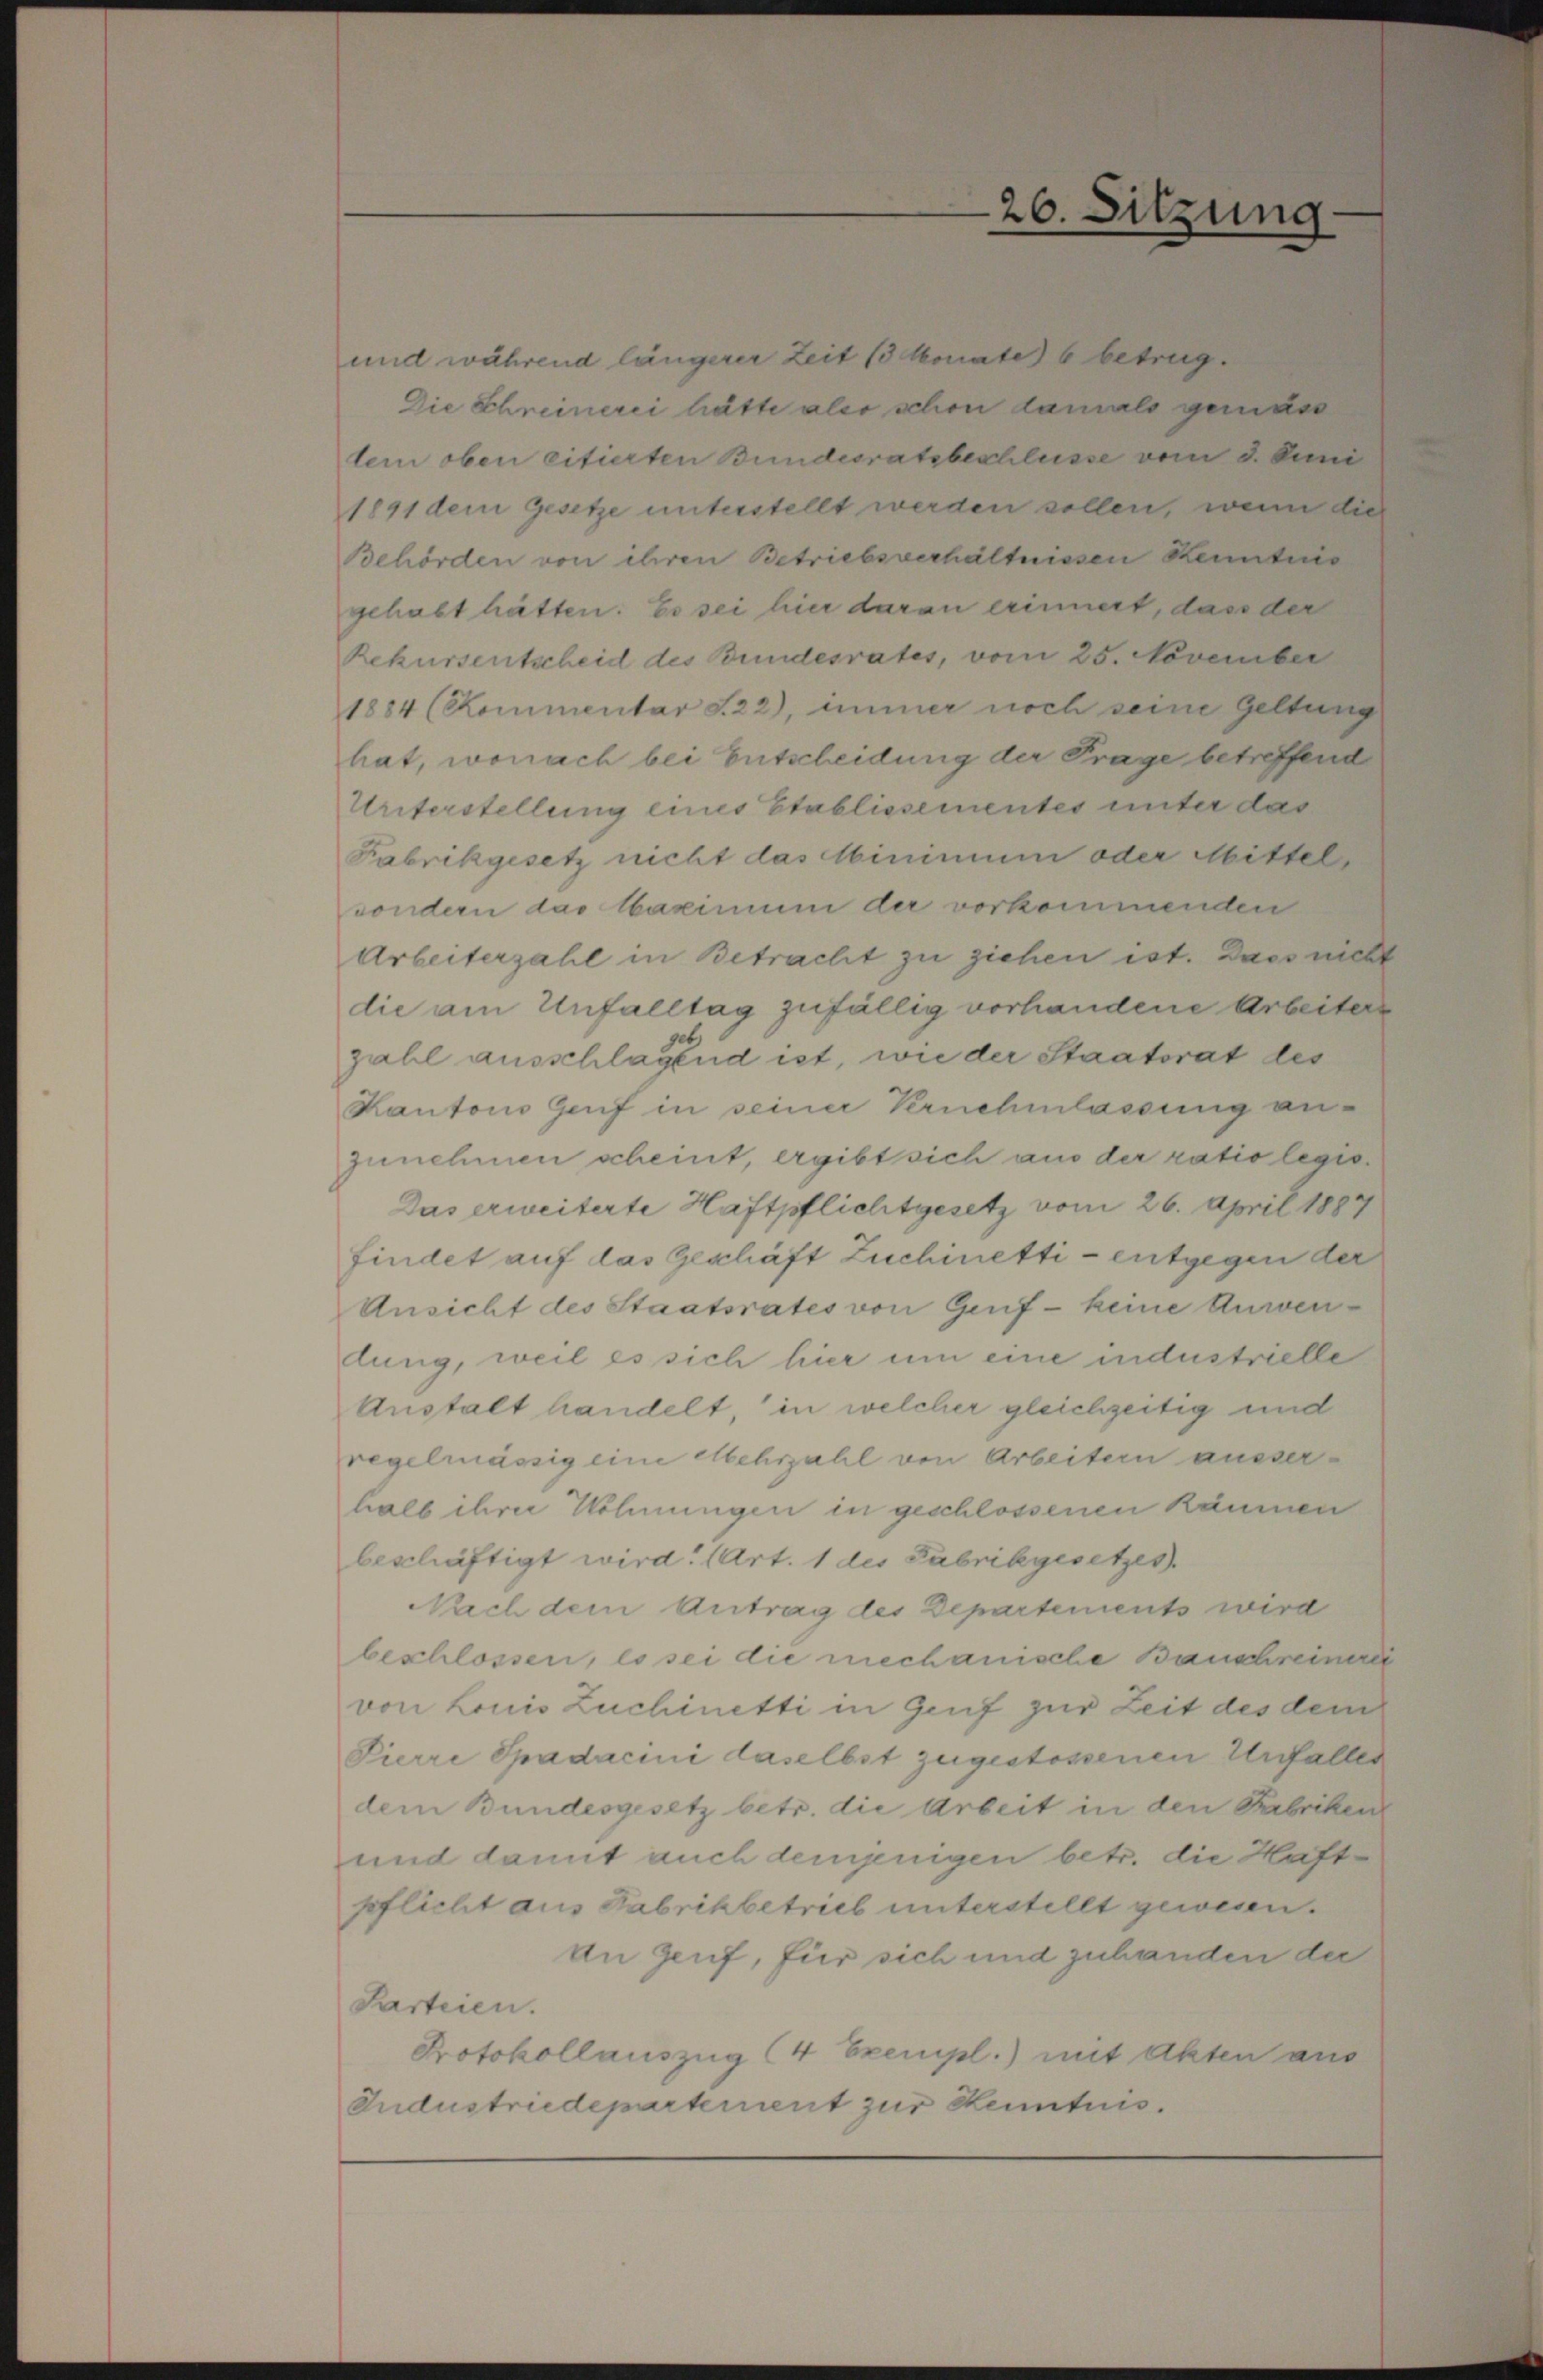
und während längerer Zeit 13 Monate 6 betrug.
Die Schreinerei hätte aber schon damals gemäss
tem oben citierten Bundesratsbeschlüsse vom 3. Juni
1891 dem Gesetze unterstellt werden sollen, wenn die
Behörden von ihren Betriebsverhältnissen Kenntnis
gehabt hätten. Es sei hier daran erinnert, dass der
Rekursentscheid des Bundesrates, vom 25. November
1884 (Kommentar S. 22), immer noch seine Geltung
hat, wonach bei Entscheidung der Frage betreffend
Unterstellung eines Etablissementes unter das
Fabrikgesetz nicht das Minimum oder Mittel
sondern das Maximum der vorkommenden
Arbeiterzahl in Betracht zu ziehen ist. Dass nicht
die am Unfalltag zufällig vorhandene Arbeitere
zahl ausschlagend ist, wie der Staatsrat des
Kantons Genf in seiner Vernehmlassung an-
zunehmen scheint, ergibt sich aus der ratio legio
Das erweiterte Haftpflichtgesetz vom 26. April 1884
findet auf das Geschäft Zuchinetti - entgegen der
Ansicht des Staatsrates von Genf - keine Anwendung, weil es sich hier um eine industrielle
Anstalt handelt, in welcher gleichzeitig und
regelmässig eine Mehrzahl von Arbeitern ausserhalb ihrer Wohnungen in geschlossenen Räumen
beschäftigt wird. (Art. 1 des Fabrikgesetzes.
Nach dem Antrag des Departements wird
beschlossen, es sei die mechanische Bauschreinere
von Louis Zuchinetti in Genf zur Zeit des dem
Pierre Spadacini daselbst zugestossenen Unfalles
dem Bundesgesetz betr. die Arbeit in den Fabriken
und damit auch demjenigen betr. die Haft-
pflicht aus Fabrikbetrieb unterstellt gewesen.
an Genf, für sich und zuhanden der
Parteien.
Protokollauszug (4 Exempl.) mit Akten aus
Industriedepartement zur Kenntnis.

26. Sitzung